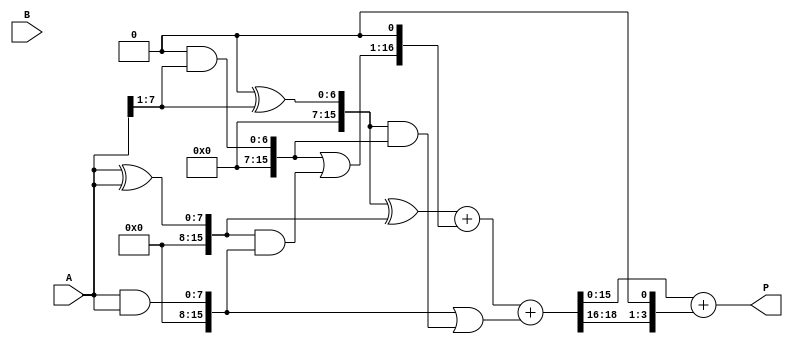
module radix4_wallace_multiplier #(parameter N = 8) (
    input  [N-1:0] A,          // Multiplicand
    input  [N-1:0] B,          // Multiplier
    output reg [2*N-1:0] P     // Product
);

    // Internal signals for partial products
    wire [2*N-1:0] pp [0:3];   // Partial products
    wire [2*N-1:0] S;           // Sum of reduced partial products
    wire [2*N-1:0] C;           // Carry from reduction

    // Generate partial products based on bits of B
    assign pp[0] = {N{1'b0}};                  // B[1:0] = 00 -> 0
    assign pp[1] = A;                           // B[1:0] = 01 -> A
    assign pp[2] = A << 1;                      // B[1:0] = 10 -> A * 2
    assign pp[3] = (A << 1) + A;                // B[1:0] = 11 -> A * 3

    // Wallace tree reduction using full adders and half adders
    wire [2*N-1:0] stage1_sum [0:3];
    wire [2*N-1:0] stage1_carry [0:3];

    // First Stage - Grouping and Adding
    generate
        genvar i;
        for (i = 0; i < 4; i = i + 1) begin : stage1
            assign stage1_sum[i] = pp[i] ^ (pp[i + 1] >> 1);
            assign stage1_carry[i] = pp[i] & (pp[i + 1] >> 1);
        end
    endgenerate

    // Second Stage - Further Reduction
    wire [2*N-1:0] stage2_sum [0:1];
    wire [2*N-1:0] stage2_carry;

    // Reduce stage1 outputs into stage2
    assign stage2_sum[0] = stage1_sum[0] ^ stage1_sum[1];
    assign stage2_sum[1] = stage1_carry[0] | (stage1_sum[1] & stage1_carry[1]);
    assign stage2_carry = stage1_carry[1] | (stage1_sum[0] & stage1_carry[0]);

    // Final Stage - Sum and Carry
    always @(*) begin
        // Final addition of reduced outputs
        {C, S} = stage2_sum[0] + (stage2_sum[1] << 1) + stage2_carry;
        P = S + (C << 1); // Final product
    end

endmodule